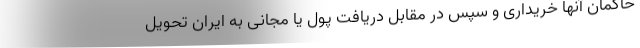
حاکمان آنها خریداری و سپس در مقابل دریافت پول یا مجانی به ایران تحویل